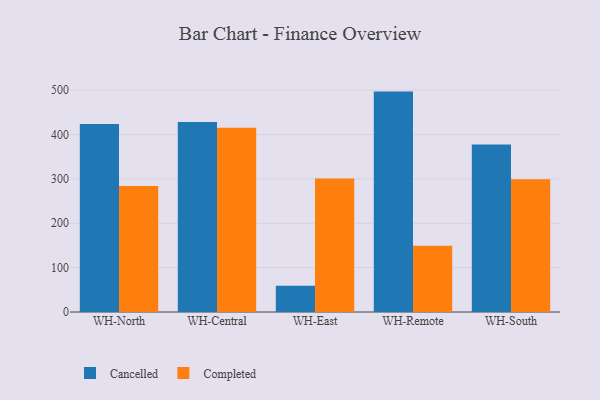
{"axis": {"x": "Warehouse", "y": "Budget (USD K)"}, "legend": ["Cancelled", "Completed"], "data": [{"x": "WH-North", "y": 423.9, "type": "Cancelled"}, {"x": "WH-North", "y": 283.9, "type": "Completed"}, {"x": "WH-Central", "y": 428.6, "type": "Cancelled"}, {"x": "WH-Central", "y": 415.2, "type": "Completed"}, {"x": "WH-East", "y": 58.9, "type": "Cancelled"}, {"x": "WH-East", "y": 301.1, "type": "Completed"}, {"x": "WH-Remote", "y": 496.9, "type": "Cancelled"}, {"x": "WH-Remote", "y": 149.6, "type": "Completed"}, {"x": "WH-South", "y": 377.4, "type": "Cancelled"}, {"x": "WH-South", "y": 299.5, "type": "Completed"}]}